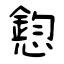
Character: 憌